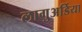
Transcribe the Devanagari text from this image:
लागुअर्डिया